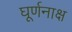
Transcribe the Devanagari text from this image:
घूर्णनाक्ष